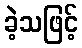
ခဲ့သဖြင့်